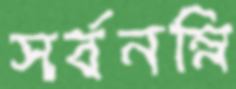
সর্বনম্নি